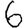
Digit: 6